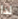
لذا